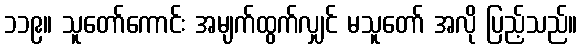
၁၁၉။ သူတော်ကောင်း အမျက်ထွက်လျှင် မသူတော် အလို ပြည့်သည်။